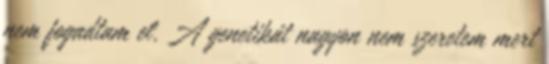
nem fogadtam el. A genetikát nagyon nem szeretem mert